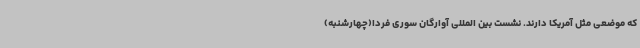
که موضعی مثل آمریکا دارند. نشست بین المللی آوارگان سوری فردا(چهارشنبه)